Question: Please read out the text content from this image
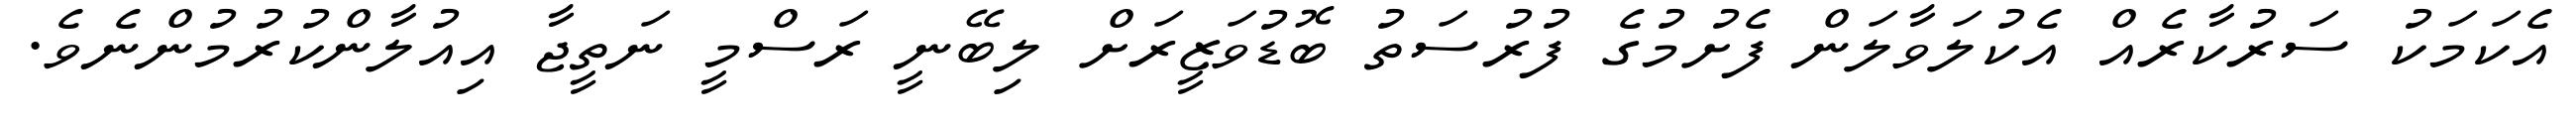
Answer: އެކަމަކު ސަރުކާރެއް އެކުލަވާލަން ފެށުމުގެ ފުރުސަތު ބޮޑުވަޒީރަށް ލިބޭނީ ރަސްމީ ނަތީޖާ އިއުލާންކުރުމުންނެވެ.